Report on the Nagpur School of Medicine, Central Provinces
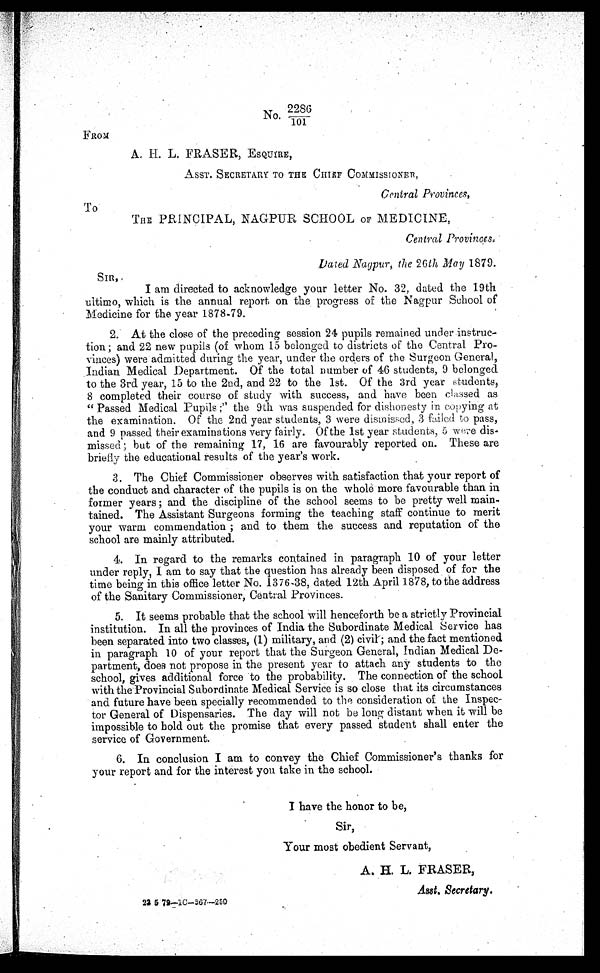
TO
,
No. 2286
101
FROM
A. H. L. FRASER, ESQUIRE,
ASST. SECRETARY TO THE CHIEF COMMISSIONER,
Central Provinces,
THE PRINCIPAL, NAGPUR SCHOOL OF MEDICINE,
Central Provinces.
Dated Nagpur, the 26th May 1879.
SIR,
I am directed to acknowledge your letter No. 32, dated the 19th
ultimo, which is the annual report on the progress of the Nagpur School of
Medicine for the year 1878-79.
2. At the close of the preceding session 24 pupils remained under instruc-
tion; and 22 new pupils (of whom 15 belonged to districts of the Central Pro-
vinces) were admitted during the year, under the orders of the Surgeon General,
Indian Medical Department. Of the total number of 46 students, 9 belonged
to the 3rd year, 15 to the 2nd, and 22 to the 1st. Of the 3rd year students,
8 completed their course of study with success, and have been classed as
"Passed Medical Pupils;" the 9th was suspended for dishonesty in copying at
the examination. Of the 2nd year students, 3 were dismissed, 3 failed to pass,
and 9 passed their examinations very fairly. Of the 1st year students, 5 were dis-
missed; but of the remaining 17, 16 are favourably reported on. These are
briefly the educational results of the year's work.
3. The Chief Commissioner observes with satisfaction that your report of
the conduct and character of the pupils is on the whole more favourable than in
former years; and the discipline of the school seems to be pretty well main-.
tained. The Assistant Surgeons forming the teaching staff continue to merit
your warm commendation; and to them the success and reputation of the
school are mainly attributed.
4. In regard to the remarks contained in paragraph 10 of your letter
under reply, I am to say that the question has already been disposed of for the
time being in this office letter No. 1376-38, dated 12th April 1878, to the address
of the Sanitary Commissioner, Central Provinces.
5. It seems probable that the school will henceforth be a strictly Provincial
institution. In all the provinces of India the Subordinate Medical Service has
been separated into two classes, (1) military, and (2) civil; and the fact mentioned
in paragraph 10 of your report that the Surgeon General, Indian Medical De-
partment, does not propose in the present year to attach any students to the
school, gives additional force to the probability. The connection of the school
with the Provincial Subordinate Medical Service is so close that its circumstances
and future have been specially recommended to the consideration of the Inspec-
-tor General of Dispensaries. The day will not be long distant when it will be
impossible to hold out the promise that every passed student shall enter the
service of Government.
6. In conclusion I am to convey the Chief Commissioner's thanks for
your report and for the interest you take in the school.
I have the honor to be,
Sir,
Your most obedient Servant,
A. H. L. FRASER,